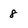
Character: 8